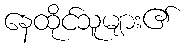
နေထိုင်သူများ၏